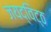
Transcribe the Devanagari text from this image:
जयद्विट्ठ